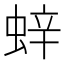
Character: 𫋁